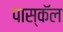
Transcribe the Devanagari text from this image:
पास्कॅल